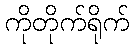
ကိုတိုက်ရိုက်